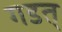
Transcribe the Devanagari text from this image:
गडत्